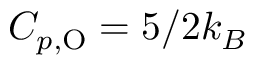
C _ { p , \mathrm { O } } = 5 / 2 k _ { B }